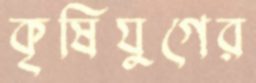
কৃষিযুগের